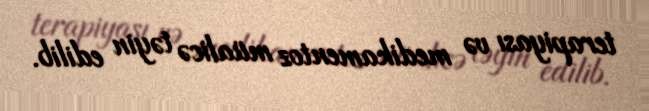
terapiyası və medikamentoz müalicə təyin edilib.